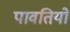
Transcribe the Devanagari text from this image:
पावतियों